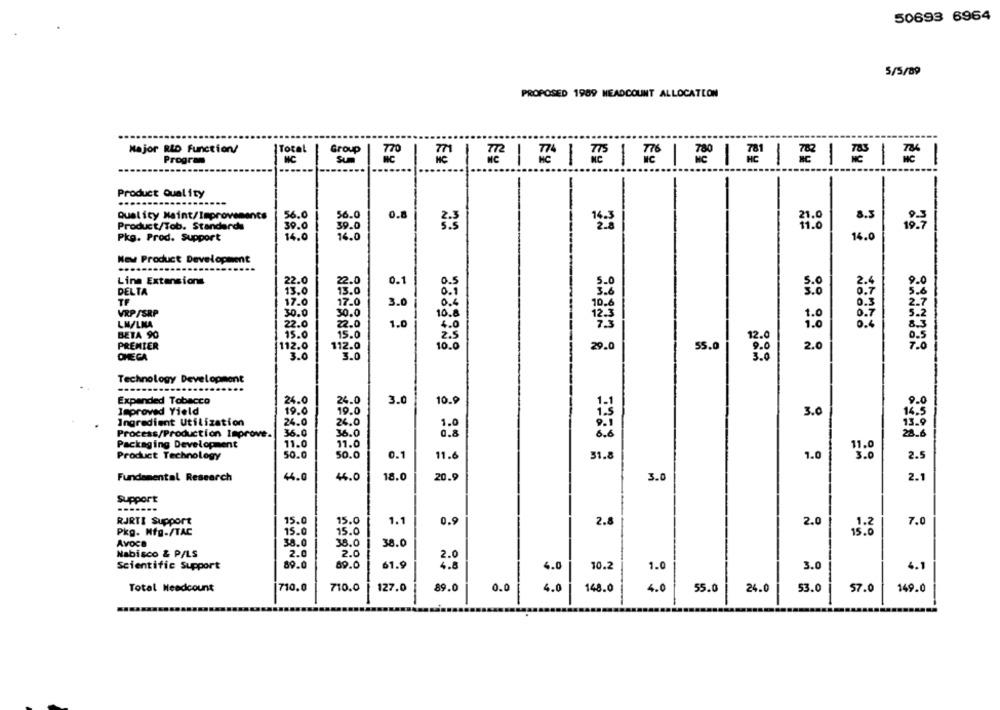
50693 6964
5/5/89
PROPOSED 1989 HEADCOUNT ALLOCATION
Major RLD Function/
Total
Group
Program
MC
1
Product Quality
Quality Maint/Improvenencs
56.0
0.8
Product/Tob. Standards
39.0
8.5
39.0
16.0
Pkg. Prod. Support
16.0
14.0
New Product Development
Line Extensions
O
22.0
0.1
0.5
DELTA
13.0
13.0
5.0
0.7
TF
3.
0.6
VRP /SRP
30.0
10.8
1.0
LN/LNA
22.0
1.0
1.0
BETA 90
15.0
15.0
PREMIER
112.0
112.0
10.0
29.0
55.0
2.0
7.0
OMEGA
3.0
3.0
Technology Development
Expanded Tobacco
24.0
24.0
3.
10.9
P.O
Improved Yield
19.0
19.0
14.5
3.
Ingredient Utilization
24.0
24.0
1.0
13.9
36.0
36.0
Process/Production Improve.
0.8
28.6
Packaging Development
11.0
11.0
50.0
50.0
0.1
Product Technology
11.6
31.8
1.0
2.5
44.0
18.0
Fundamental Research
44.0
20.9
3.0
2.1
Support
RJRTI Support
15.0
15.0
1.1
0.9
2.8
2.0
7.0
Pkg. Mfg-/TAC
15.0
15.0
1.2
Avoca
38.0
38.0
38.0
Nabisco & P/LS
2.0
2.0
Scientific Support
89.0
89.0
61.9
4.0
3.0
4.1
10.2
Total Headcount
710.0
710.0
127.0
89.0
0.0
4.0
55.0
24.0
53.0
57.0
149.0
148.0